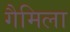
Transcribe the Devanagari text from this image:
गैमिला